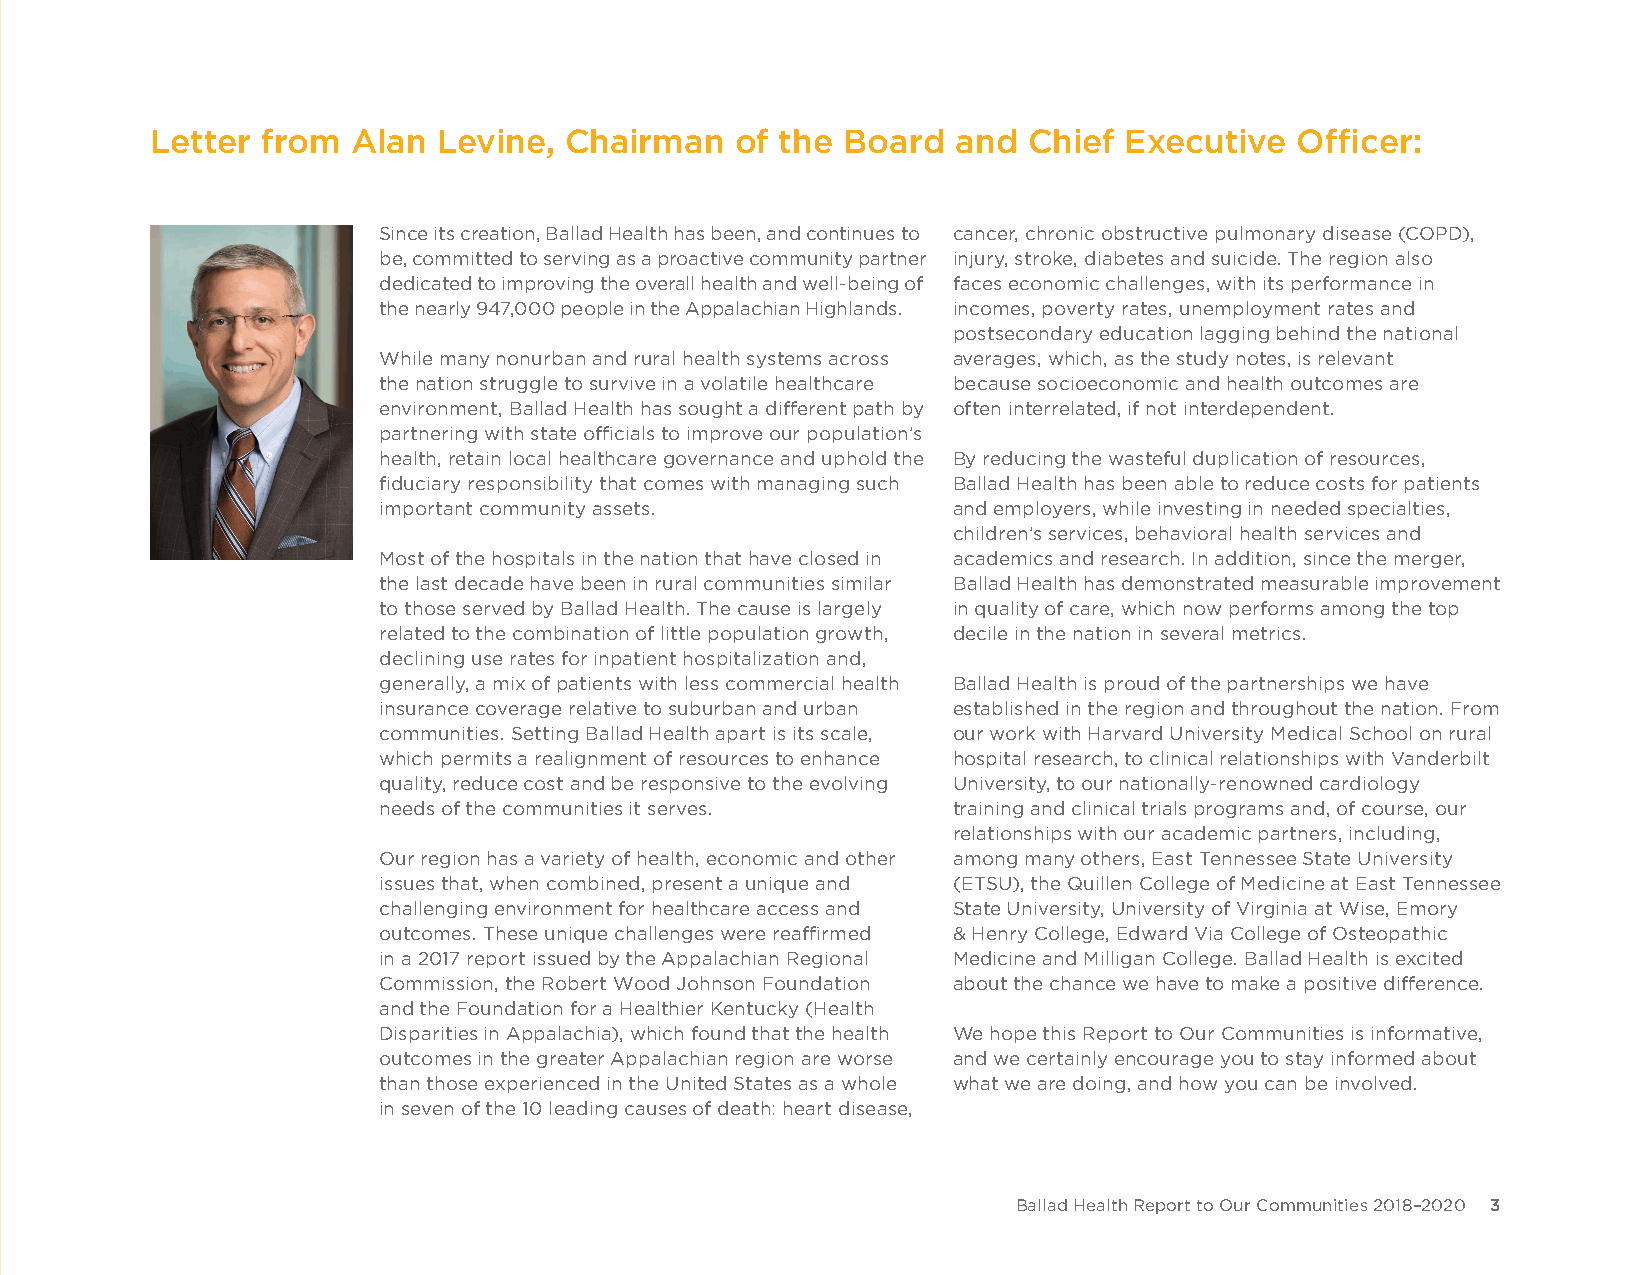
Letter from  Alan  Levine, Chairman    of the Board  and  Chief Executive   Officer:
 Since its creation, Ballad Health has been, and continues to cancer, chronic obstructive pulmonary disease (COPD),
 be, committed to serving as a proactive community partner injury, stroke, diabetes and suicide. The region also
 dedicated to improving the overall health and well-being of faces economic challenges, with its performance in
 the nearly 947,000 people in the Appalachian Highlands. incomes, poverty rates, unemployment rates and
 postsecondary education lagging behind the national
 While many nonurban and rural health systems across averages, which, as the study notes, is relevant
 the nation struggle to survive in a volatile healthcare because socioeconomic and health outcomes are
 environment, Ballad Health has sought a different path by often interrelated, if not interdependent.
 partnering with state officials to improve our population’s
 health, retain local healthcare governance and uphold the By reducing the wasteful duplication of resources,
 fiduciary responsibility that comes with managing such Ballad Health has been able to reduce costs for patients
 important community assets.           and employers, while investing in needed specialties,
 children’s services, behavioral health services and
 Most of the hospitals in the nation that have closed in academics and research. In addition, since the merger,
 the last decade have been in rural communities similar Ballad Health has demonstrated measurable improvement
 to those served by Ballad Health. The cause is largely in quality of care, which now performs among the top
 related to the combination of little population growth, decile in the nation in several metrics.
 declining use rates for inpatient hospitalization and,
 generally, a mix of patients with less commercial health Ballad Health is proud of the partnerships we have
 insurance coverage relative to suburban and urban established in the region and throughout the nation. From
 communities. Setting Ballad Health apart is its scale, our work with Harvard University Medical School on rural
 which permits a realignment of resources to enhance hospital research, to clinical relationships with Vanderbilt
 quality, reduce cost and be responsive to the evolving University, to our nationally-renowned cardiology
 needs of the communities it serves.   training and clinical trials programs and, of course, our
 relationships with our academic partners, including,
 Our region has a variety of health, economic and other among many others, East Tennessee State University
 issues that, when combined, present a unique and (ETSU), the Quillen College of Medicine at East Tennessee
 challenging environment for healthcare access and State University, University of Virginia at Wise, Emory
 outcomes. These unique challenges were reaffirmed & Henry College, Edward Via College of Osteopathic
 in a 2017 report issued by the Appalachian Regional Medicine and Milligan College. Ballad Health is excited
 Commission, the Robert Wood Johnson Foundation about the chance we have to make a positive difference.
 and the Foundation for a Healthier Kentucky (Health
 Disparities in Appalachia), which found that the health We hope this Report to Our Communities is informative,
 outcomes in the greater Appalachian region are worse and we certainly encourage you to stay informed about
 than those experienced in the United States as a whole what we are doing, and how you can be involved.
 in seven of the 10 leading causes of death: heart disease,
 Ballad Health Report to Our Communities 2018–2020 3